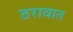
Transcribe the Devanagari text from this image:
ठरावात